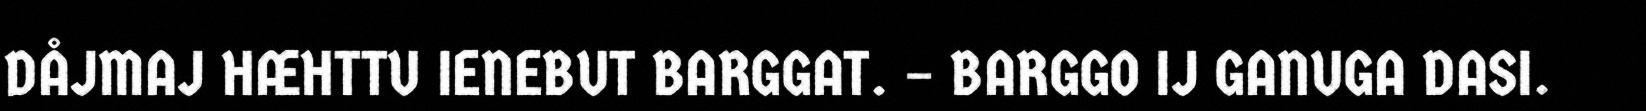
DÅJMAJ HÆHTTU IENEBUT BARGGAT. – BARGGO IJ GANUGA DASI.